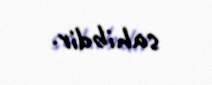
sahibdir.